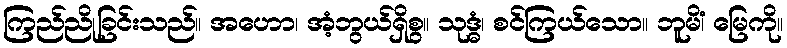
ကြည်ညိုခြင်းသည်။ အဟော၊ အံ့ဘွယ်ရှိစွ။ သုဒ္ဓံ၊ စင်ကြယ်သော။ ဘူမိံ၊ မြေကို။